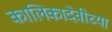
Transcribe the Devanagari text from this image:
कालिकादेवीच्या